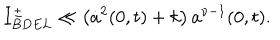
LaTeX: I _ { B D E L } ^ { \pm } \ll \left( \dot { a } ^ { 2 } ( 0 , t ) + k \right) a ^ { \nu - 1 } ( 0 , t ) .